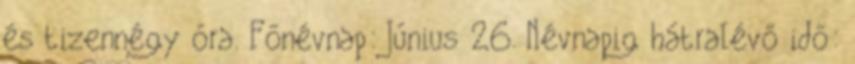
és tizennégy óra. Főnévnap: Június 26. Névnapig hátralévő idő: